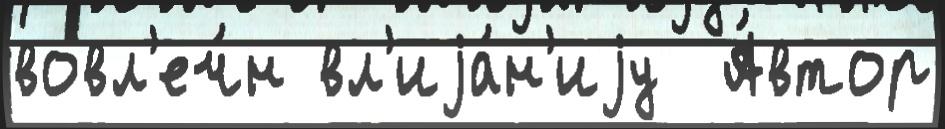
вовл'еч́н вл'иjа́н'иjу  А́втор